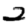
Digit: 2